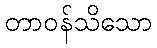
တာဝန်သိသော